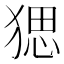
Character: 𤟧